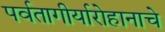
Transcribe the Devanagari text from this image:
पर्वतागीर्यारोहानाचे